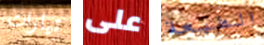
تيارات على الطبعة